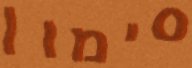
סימון